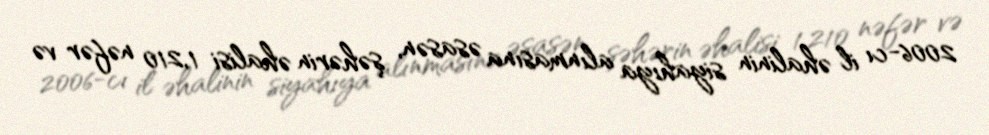
2006-cı il əhalinin siyahıya alınmasına əsasən, şəhərin əhalisi 1,210 nəfər və